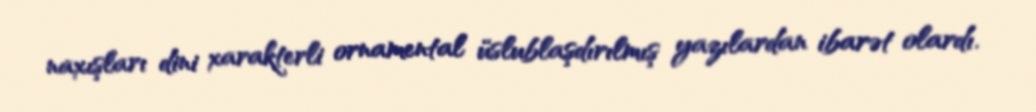
naxışları dini xarakterli ornamental üslublaşdırılmış yazılardan ibarət olardı.